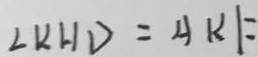
\angle K H D = A K F